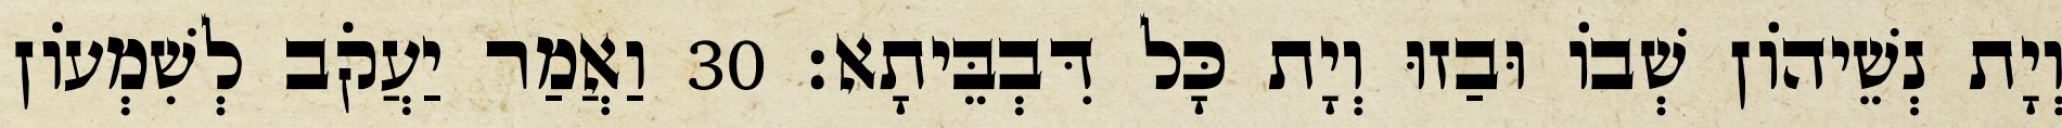
וְיָת נְשֵׁיהוֹן שְׁבוֹ וּבַזוּ וְיָת כָּל דִּבְבֵּיתָא׃ 30 וַאֲמַר יַעֲקֹב לְשִׁמְעוֹן